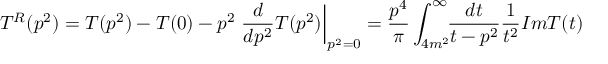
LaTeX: T ^ { R } ( p ^ { 2 } ) = T ( p ^ { 2 } ) - T ( 0 ) - p ^ { 2 } \left. \frac { d } { d p ^ { 2 } } T ( p ^ { 2 } ) \right| _ { p ^ { 2 } = 0 } = \frac { p ^ { 4 } } { \pi } \int _ { 4 m ^ { 2 } } ^ { \infty } \! \! \frac { d t } { t - p ^ { 2 } } \frac { 1 } { t ^ { 2 } } I m T ( t )